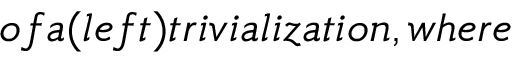
o f a ( l e f t ) t r i v i a l i z a t i o n , w h e r e